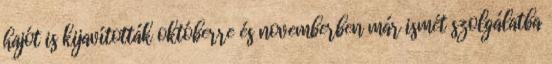
hajót is kijavították októberre és novemberben már ismét szolgálatba